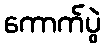
ကောက်ပွဲ